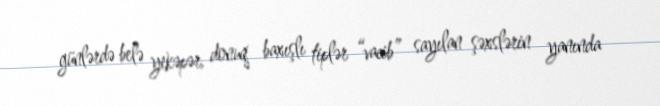
günlərdə belə yekəpər, donuq baxışlı tiplər “vacib” sayılan şəxslərin yanında